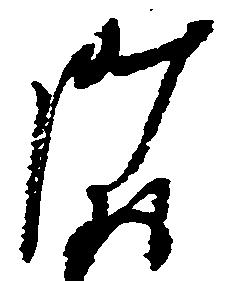
御